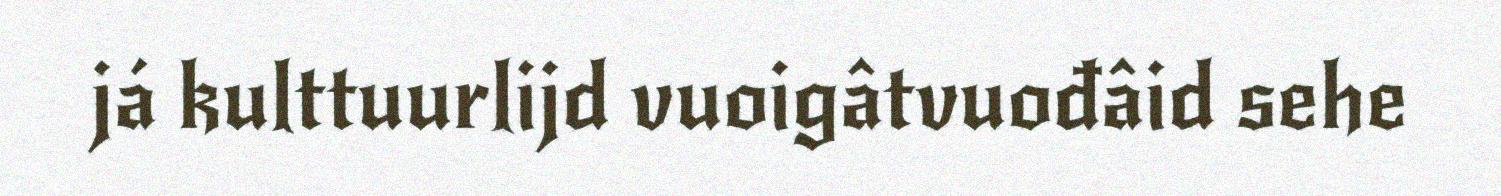
já kulttuurlijd vuoigâtvuođâid sehe